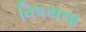
વિષયના